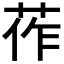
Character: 莋